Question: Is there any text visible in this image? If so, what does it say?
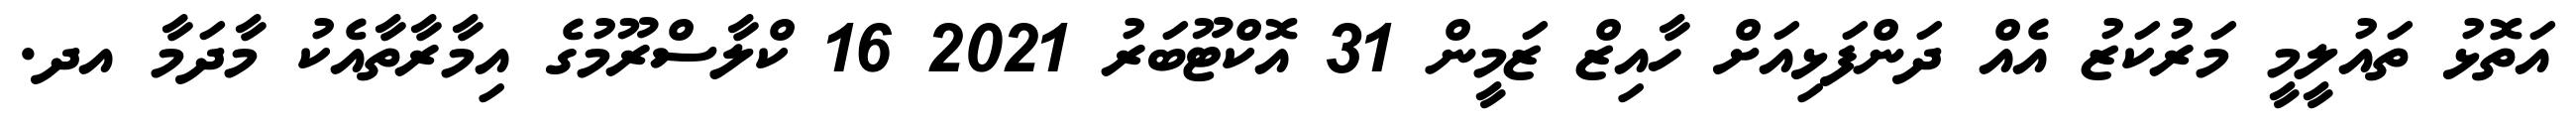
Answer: އަތޮޅު ތައުލީމީ މަރުކަޒު އެއް ދަންފަޅިއަށް ހާއިޒް ޒަމީން 31 އޮކްޓޫބަރު 2021 16 ކްލާސްރޫމުގެ އިމާރާތާއެކު މާދަމާ އދ.